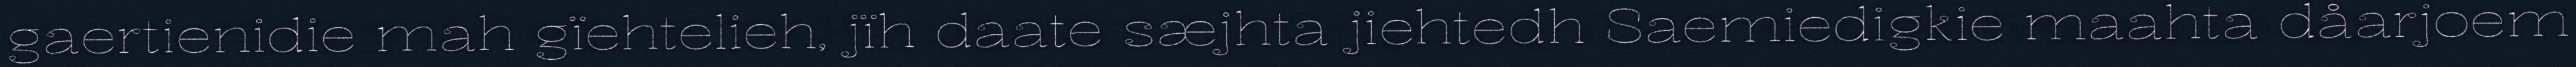
gaertienidie mah gïehtelieh, jïh daate sæjhta jiehtedh Saemiedigkie maahta dåarjoem